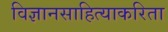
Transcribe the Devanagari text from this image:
विज्ञानसाहित्याकरिता